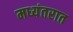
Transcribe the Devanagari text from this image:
मध्यंतरात